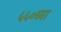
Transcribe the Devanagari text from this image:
५५०च्या